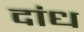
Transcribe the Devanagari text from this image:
दांध